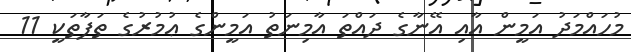
މުހައްމަދު އަމީން އާއި އޭނާގެ ދައްތަ އާމިނަތު އަމީންގެ ޢުމުރުގެ ތަފާތަކީ 11